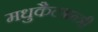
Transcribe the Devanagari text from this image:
मधुकैटभन्त्री